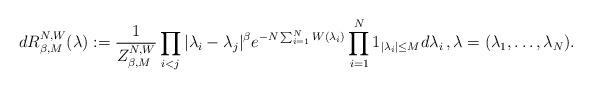
LaTeX: \begin{align*}dR^{N,W}_{\beta,M}(\lambda):=\frac{1}{Z^{N,W}_{\beta,M}}\prod_{i<j}|\lambda_i-\lambda_j|^\beta e^{-N\sum_{i=1}^N W(\lambda_i)}\prod_{i=1}^N 1_{|\lambda_i|\le M} d\lambda_i\,,\lambda=(\lambda_1,\ldots,\lambda_N).\end{align*}